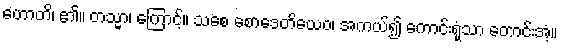
ဟောတိ၊ ၏။ တသ္မာ၊ ကြောင့်။ သစေ စောဒေတိယေဝ၊ အကယ်၍ ကောင်းရုံသာ တောင်းအံ့။